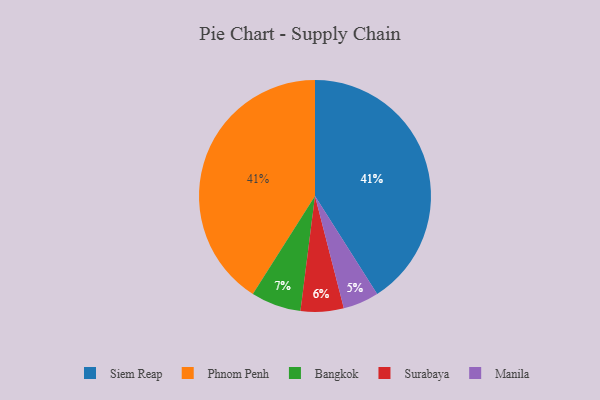
{"axis": {"x": "Category", "y": "Percentage"}, "legend": ["Bangkok", "Manila", "Phnom Penh", "Siem Reap", "Surabaya"], "data": [{"x": "Siem Reap", "y": 41, "type": "Siem Reap"}, {"x": "Phnom Penh", "y": 41, "type": "Phnom Penh"}, {"x": "Manila", "y": 5, "type": "Manila"}, {"x": "Bangkok", "y": 7, "type": "Bangkok"}, {"x": "Surabaya", "y": 6, "type": "Surabaya"}]}